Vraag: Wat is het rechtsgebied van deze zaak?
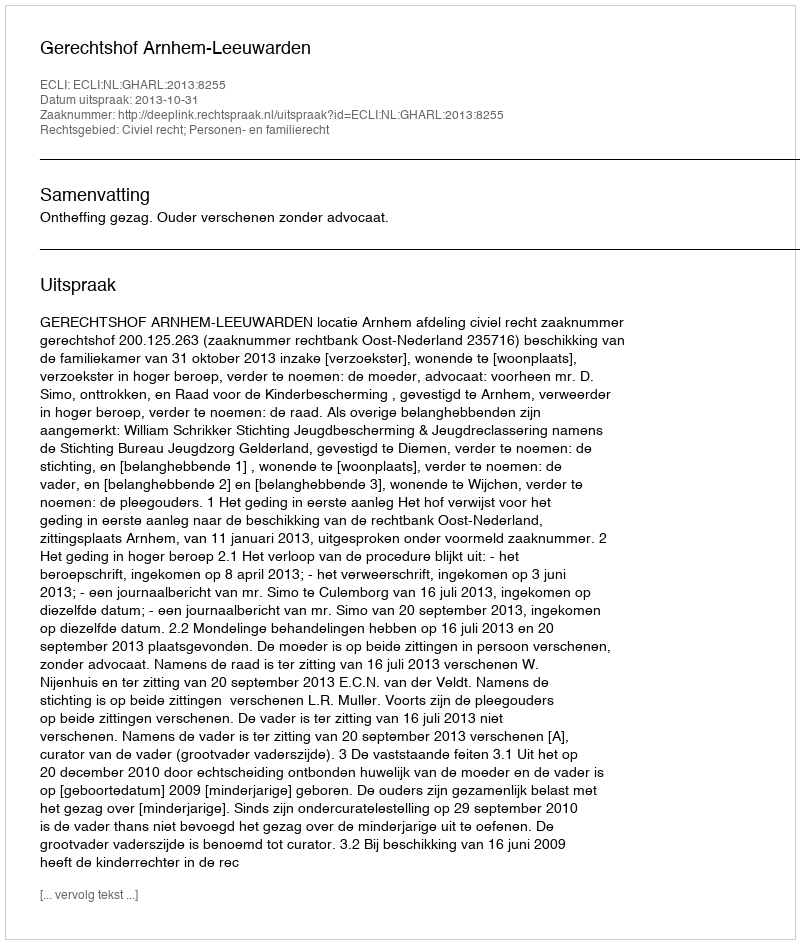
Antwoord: Civiel recht; Personen- en familierecht